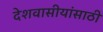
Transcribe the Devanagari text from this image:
देशवासीयांसाठी